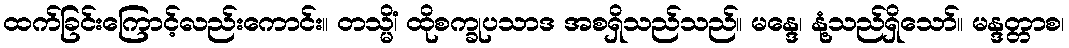
ထက်ခြင်းကြောင့်လည်းကောင်း။ တသ္မိံ၊ ထိုစက္ခုပသာဒ အစရှိသည်သည်။ မန္ဒေ၊ နုံ့သည်ရှိသော်။ မန္ဒတ္တာစ၊